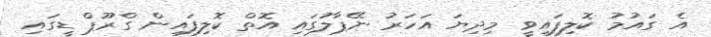
އެ ގައުމު ކޮލިފައިވީ މިދިޔަ އަހަރު ނޭޕާލުގައި އޮތް ކޮލިފައިން ގްރޫޕް ޑީގައި